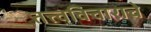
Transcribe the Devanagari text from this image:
तत्त्वविचाराचे